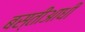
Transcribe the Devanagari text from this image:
बस्तीआधी